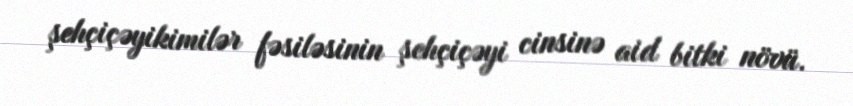
şehçiçəyikimilər fəsiləsinin şehçiçəyi cinsinə aid bitki növü.